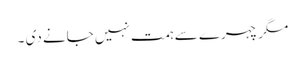
مگر چہرے سے ہمت نہیں جانے دی ۔